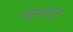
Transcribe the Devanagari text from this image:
हयातुन